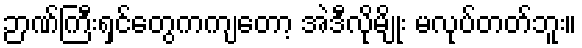
ဉာဏ်ကြီးရှင်တွေကကျတော့ အဲဒီလိုမျိုး မလုပ်တတ်ဘူး။